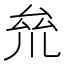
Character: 𠫱